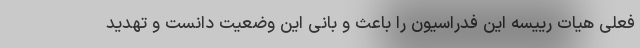
فعلی هیات رییسه این فدراسیون را باعث و بانی این وضعیت دانست و تهدید